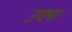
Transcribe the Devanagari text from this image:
उक्या